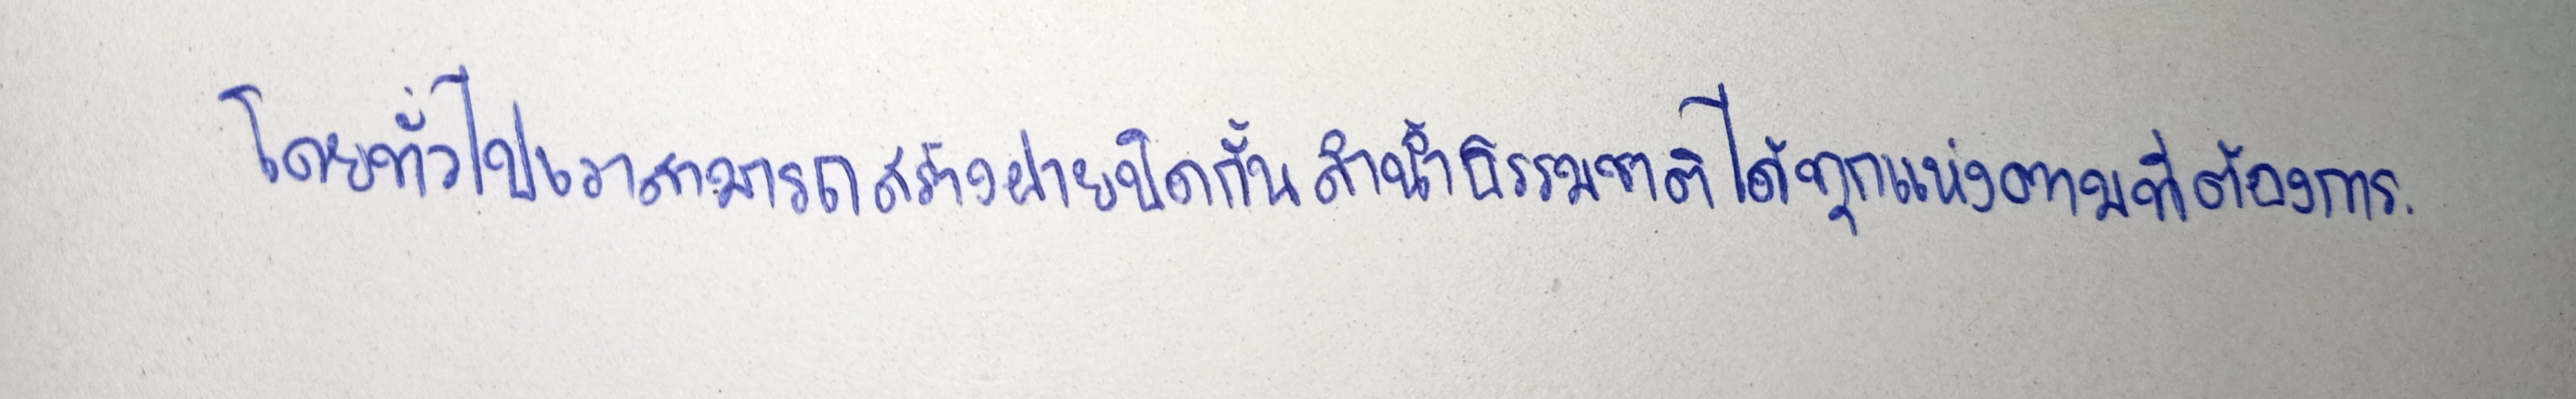
โดยทั่วไปเราสามารถสร้างฝายปิดกั้นลำน้ำธรรมชาติได้ทุกแห่งตามที่ต้องการ